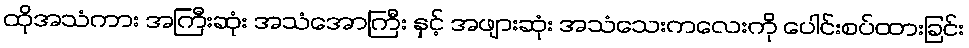
ထိုအသံကား အကြီးဆုံး အသံအောကြီး နှင့် အဖျားဆုံး အသံသေးကလေးကို ပေါင်းစပ်ထားခြင်း